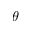
\theta